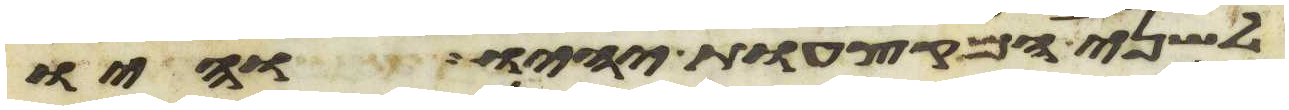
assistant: לשני המקצעות יהיו והיו